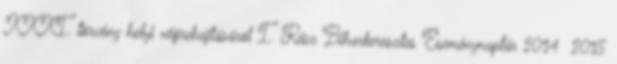
XXXI. törvény helyi végrehajtásáról I. Rész Biharkeresztes Eseménynaptár 2014 2015